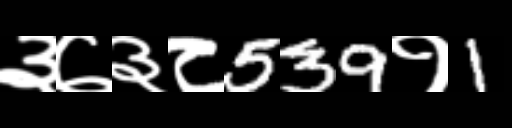
Text: ३७३८539१1